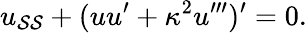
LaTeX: u_{\mathcal{S}\mathcal{S}}+(uu^{\prime}+\kappa^{2}u^{\prime\prime\prime})^{\prime}=0.